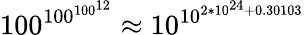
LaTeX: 100^{100^{100^{12}}}\approx 10^{10^{2*10^{24}+0.30103}}